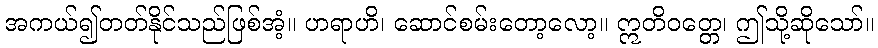
အကယ်၍တတ်နိုင်သည်ဖြစ်အံ့။ ဟရာဟိ၊ ဆောင်စမ်းတော့လော့။ ဣတိဝတ္တေ၊ ဤသို့ဆိုသော်။